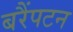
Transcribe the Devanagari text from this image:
बरैंपटन